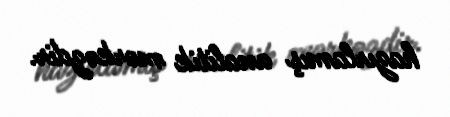
hazırlamış analitik mərkəzdir.